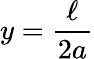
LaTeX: y=\frac{\ell}{2a}